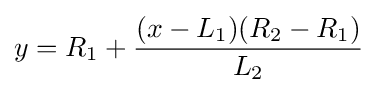
y=R_{1}+{(x-L_{1})(R_{2}-R_{1}) \over L_{2}}